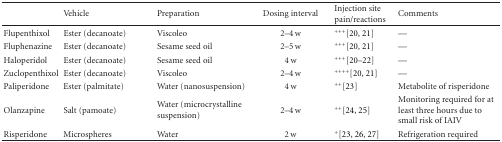
<table><thead><tr><td></td><td><b>Vehicle</b></td><td><b>Preparation</b></td><td><b>Dosing interval</b></td><td><b>Injection site pain/reactions</b></td><td><b>Comments</b></td></tr></thead><tbody><tr><td>Flupenthixol</td><td>Ester (decanoate)</td><td>Viscoleo</td><td>2–4 w</td><td><sup>+ + +</sup>[20, 21]</td><td>—</td></tr><tr><td>Fluphenazine</td><td>Ester (decanoate)</td><td>Sesame seed oil</td><td>2–5 w</td><td><sup>+ + +</sup>[20, 21]</td><td>—</td></tr><tr><td>Haloperidol</td><td>Ester (decanoate)</td><td>Sesame seed oil</td><td>4 w</td><td><sup>+ + +</sup>[20–22]</td><td>—</td></tr><tr><td>Zuclopenthixol</td><td>Ester (decanoate)</td><td>Viscoleo</td><td>2–4 w</td><td><sup>+ + + +</sup>[20, 21]</td><td>—</td></tr><tr><td>Paliperidone</td><td>Ester (palmitate)</td><td>Water (nanosuspension)</td><td>4 w</td><td><sup>+ +</sup>[23]</td><td>Metabolite of risperidone</td></tr><tr><td>Olanzapine</td><td>Salt (pamoate)</td><td>Water (microcrystalline suspension)</td><td>2–4 w</td><td><sup>+ +</sup>[24, 25]</td><td>Monitoring required for at least three hours due to small risk of IAIV</td></tr><tr><td>Risperidone</td><td>Microspheres</td><td>Water</td><td>2 w</td><td><sup>+</sup>[23, 26, 27]</td><td>Refrigeration required</td></tr></tbody></table>